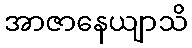
အာဇာနေယျာသိ